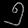
Digit: ၅